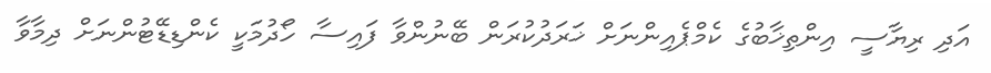
އަދި ރިޔާސީ އިންތިޚާބުގެ ކެމްޕެއިންނަށް ޚަރަދުކުރަން ބޭނުންވާ ފައިސާ ހޯދުމަކީ ކެންޑިޑޭޓުންނަށް ދިމާވާ